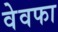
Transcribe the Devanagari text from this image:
वेवफा